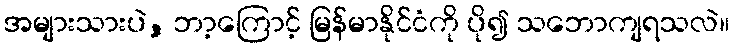
အများသားပဲ, ဘာ့ကြောင့် မြန်မာနိုင်ငံကို ပို၍ သဘောကျရသလဲ။